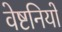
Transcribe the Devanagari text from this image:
वेष्टनियों